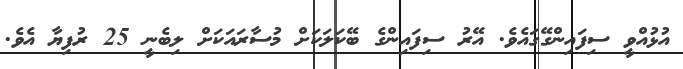
އުޅުއްވީ ސިފައިންގޭގައެވެ. އޭރު ސިފައިންގެ ބޭކަލަކަށް މުސާރައަކަށް ލިބެނީ 25 ރުފިޔާ އެވެ.